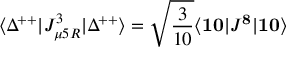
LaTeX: \langle \Delta ^ { + + } | J _ { \mu 5 R } ^ { 3 } | \Delta ^ { + + } \rangle = \sqrt { { \frac { 3 } { 1 0 } } } \langle { \bf { 1 0 } } | J ^ { \bf 8 } | { \bf { 1 0 } } \rangle